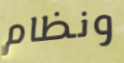
ونظام